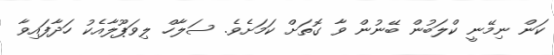
ކަން ނިމޭނީ ކްލަބުން ބޭނުން ވާ ގޮތަށް ކަމަށެވެ. ސަލާހް ލިވަޕޫލާއެކު ހަދާފައިވާ